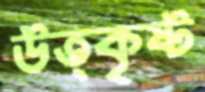
উত্কৃষ্ট